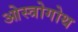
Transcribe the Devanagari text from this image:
ओस्त्रोगोथ